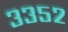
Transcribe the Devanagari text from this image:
३३५२